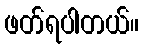
ဖတ်ရပါတယ်။